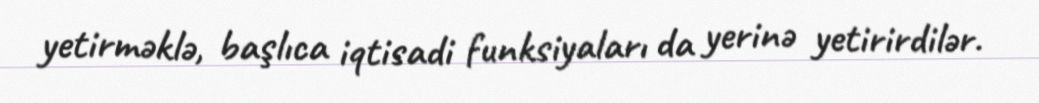
yetirməklə, başlıca iqtisadi funksiyaları da yerinə yetirirdilər.